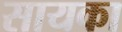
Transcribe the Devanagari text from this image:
सायका